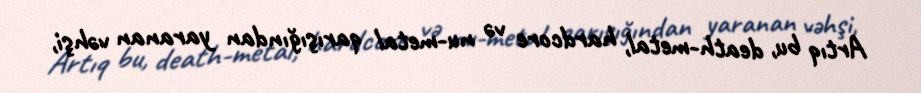
Artıq bu, death-metal, hardcore və nu-metal qarışığından yaranan vəhşi,